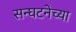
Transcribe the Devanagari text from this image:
सन्घटनेच्या